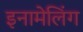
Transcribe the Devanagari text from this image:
इनामेलिंग